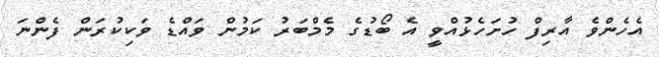
އެހެންވެ އާރިފް ހުށަހެޅުއްވީ އެ ބޯޑުގެ މެމްބަރު ކަމުން ވައްޑެ ވަކިކުރަން ފެންނަ